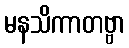
မနသိကာတဗ္ဗာ